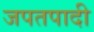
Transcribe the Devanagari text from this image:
जपतपादी